Indian journal of veterinary science and animal husbandry - Volume 5,
Year: 1935
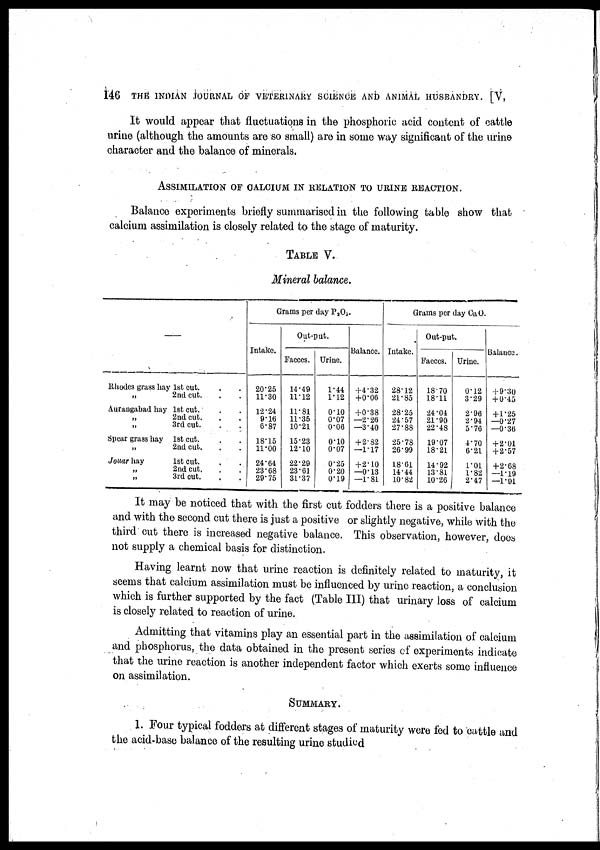
146 THE INDIAN JOURNAL OF VETERINARY SCIENCE AND ANIMAL HUSBANDRY. [V,
It would appear that fluctuations in the phosphoric acid content of cattle
urine (although the amounts are so small) are in some way significant of the urine
character and the balance of minerals.
ASSIMILATION OF CALCIUM IN RELATION TO URINE REACTION.
Balance experiments briefly summarised in the following table show that
calcium assimilation is closely related to the stage of maturity.
TABLE V.
Mineral balance.
—
Rhodes grass hay 1st cut. . .
„ 2nd cut. . .
Aurangabad hay 1st cut. . .
„
2nd cut. . .
„ 3rd cut. . .
Spear grass hay 1st cut. . .
„ 2nd cut. . .
Jouar hay
1st cut. . .
„ 2nd cut. . .
„ 3rd cut. . .
Grams per day P 2 O 5
Intake.
20.25
11.30
12.24
9.16
6.87
18.15
11.00
24.64
23.68
29.75
Out-put.
Faeces.
14.49
11.12
11.81
11.35
10.21
15.23
12.10
22.29
23.61
31.37
Urine.
1.44
1.12
0.10
0.07
0.06
0.10
0.07
0.25
0.20
0.19
Balance.
+4.32
+0.06
+0.38
—2.26
—3.40
+ 2.82
—1.17
+ 2.10
—0.13
—1.81
Grams per day CaO.
Intake.
28.12
21.85
28.25
24.57
27.88
25.78
26.99
18.61
14.44
10.82
Out-put.
Faeces.
18.70
18.11
24.04
21.90
22.48
19.07
18.21
14.92
13.81
10.26
Urine.
0.12
3.29
2.96
2.94
5.76
4.70
6.21
1.01
1.82
2.47
Balance.
+ 9.30
+ 0.45
+ 1.25
—0.27
—0.36
+ 2.01
+ 2.57
+ 2.68
—1.19
—1.91
It may be noticed that with the first cut fodders there is a positive balance
and with the second cut there is just a positive or slightly negative, while with the
third cut there is increased negative balance. This observation, however, does
not supply a chemical basis for distinction.
Having learnt now that urine reaction is definitely related to maturity, it
seems that calcium assimilation must be influenced by urine reaction, a conclusion
which is further supported by the fact (Table III) that urinary loss of calcium
is closely related to reaction of urine.
Admitting that vitamins play an essential part in the assimilation of calcium
and phosphorus, the data obtained in the present series of experiments indicate
that the urine reaction is another independent factor which exerts some influence
on assimilation.
SUMMARY.
1. Four typical fodders at different stages of maturity were fed to cattle and
the acid-base balance of the resulting urine studied